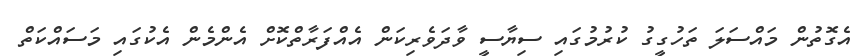
އެގޮތުން މައްސަލަ ތަހުގީގު ކުރުމުގައި ސިޔާސީ ވާދަވެރިކަން އެއްފަރާތްކޮށް އެންމެން އެކުގައި މަސައްކަތް